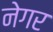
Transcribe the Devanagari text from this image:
नेगर